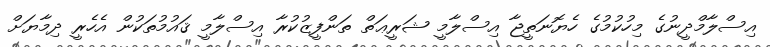
އިސްލާމްދީނުގެ މިހުކުމުގެ ހެޔޮނަތީޖާ އިސްލާމީ ޝަރީޢަތް ތަންފީޒުކުރާ އިސްލާމީ ޤައުމުތަކުން އެހެރީ ދިމާޔަށް